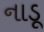
નાડૂ